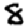
Digit: 8